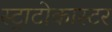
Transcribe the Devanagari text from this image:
स्ट्राटोकास्टर